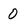
Character: 0